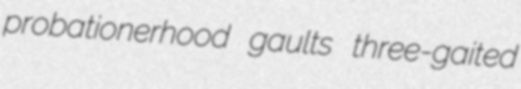
probationerhood gaults three-gaited